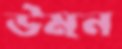
উমন